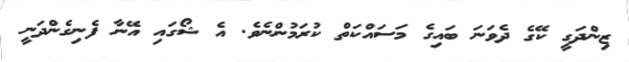
ޒިންދަގީ ކޭގެ ދެވަނަ ބައިގެ މަސައްކަތް ކުރަމުންނެވެ. އެ ޝޯގައި އޭނާ ފެނިގެންދަނީ